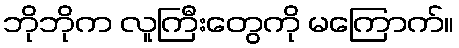
ဘိုဘိုက လူကြီးတွေကို မကြောက်။